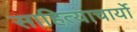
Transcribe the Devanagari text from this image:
साहित्याचार्यो